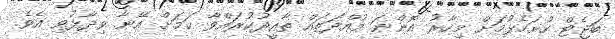
ބަޖެޓް ހުށަހެޅުމަށް މިހާރު އޮންނަ މުއްދަތައް ތާއީދުކުރައްވާ ކަމަށް އޭނާ ވިދާޅުވި އެވެ.